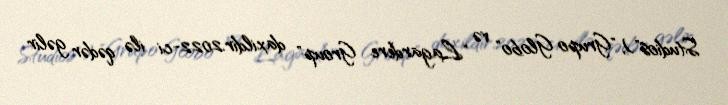
Studios"), "Grupo Globo" və "Lagardère Group" daxildir.2022-ci ilə qədər gəlir